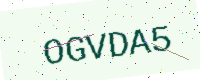
Text: OGVDA5